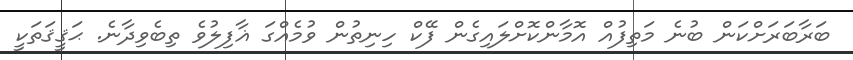
ބަރާބަރަށްކަން ބުނެ މަތިފުއް އޮމާންކޮށްލައިގެން ފޭކް ހިނިތުން ވުމެއްގަ ޣާފިލުވެ ތިބެވިދާނެ. ޙަޤީޤަތަކީ